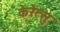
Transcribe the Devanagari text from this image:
केरेत्सु